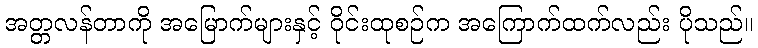
အတ္တလန်တာကို အမြောက်များနှင့် ဝိုင်းထုစဉ်က အကြောက်ထက်လည်း ပိုသည်။